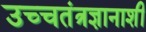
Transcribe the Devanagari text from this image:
उच्चतंत्रज्ञानाशी